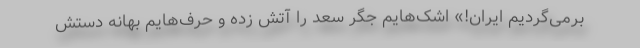
برمی‌گردیم ایران!» اشک‌هایم جگر سعد را آتش زده و حرف‌هایم بهانه دستش